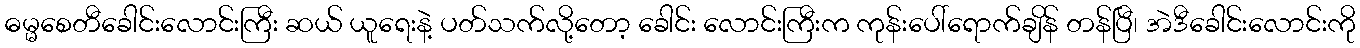
ဓမ္မစေတီခေါင်းလောင်းကြီး ဆယ် ယူရေးနဲ့ ပတ်သက်လို့တော့ ခေါင်း လောင်းကြီးက ကုန်းပေါ်ရောက်ချိန် တန်ပြီ၊ အဲဒီခေါင်းလောင်းကို